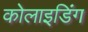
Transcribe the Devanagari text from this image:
कोलाइडिंग